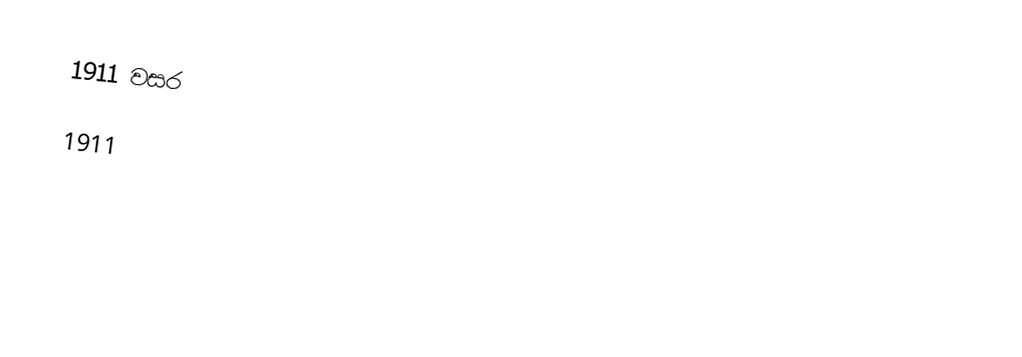
1911 වසර

1911